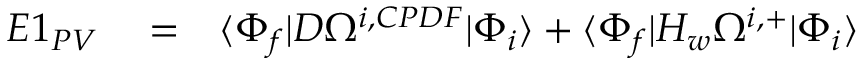
\begin{array} { r l r } { E 1 _ { P V } } & { { } = } & { \langle \Phi _ { f } | D \Omega ^ { i , C P D F } | \Phi _ { i } \rangle + \langle \Phi _ { f } | H _ { w } \Omega ^ { i , + } | \Phi _ { i } \rangle } \end{array}